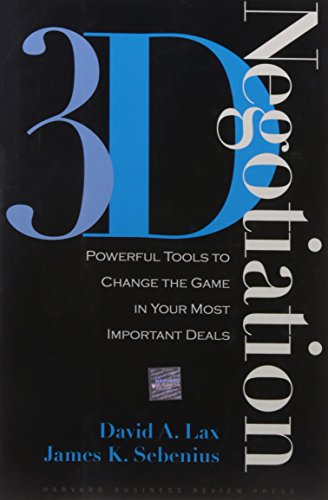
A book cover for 3-d Negotiation: Powerful Tools to Change the Game in Your Most Important Deals; David A. Lax; Computers & Technology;